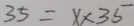
3 5 = x \times 3 5